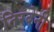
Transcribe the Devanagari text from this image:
तिरबेनी